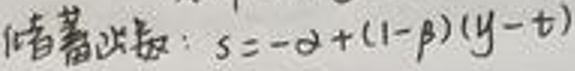
储蓄函数：$s = -\alpha+(1 - \beta)(y - t)$